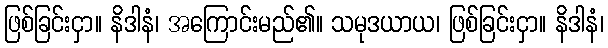
ဖြစ်ခြင်းငှာ။ နိဒါနံ၊ အကြောင်းမည်၏။ သမုဒယာယ၊ ဖြစ်ခြင်းငှာ။ နိဒါနံ၊